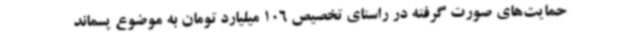
حمایت‌های صورت گرفته در راستای تخصیص 106 میلیارد تومان به موضوع پسماند